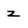
Character: z